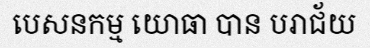
បេសនកម្ម យោធា បាន បរាជ័យ